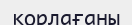
қорлағаны